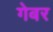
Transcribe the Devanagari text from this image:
गेबर